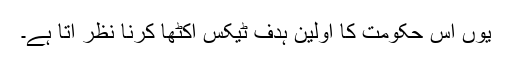
یوں اس حکومت کا اولین ہدف ٹیکس اکٹھا کرنا نظر آتا ہے۔